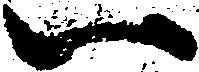
一